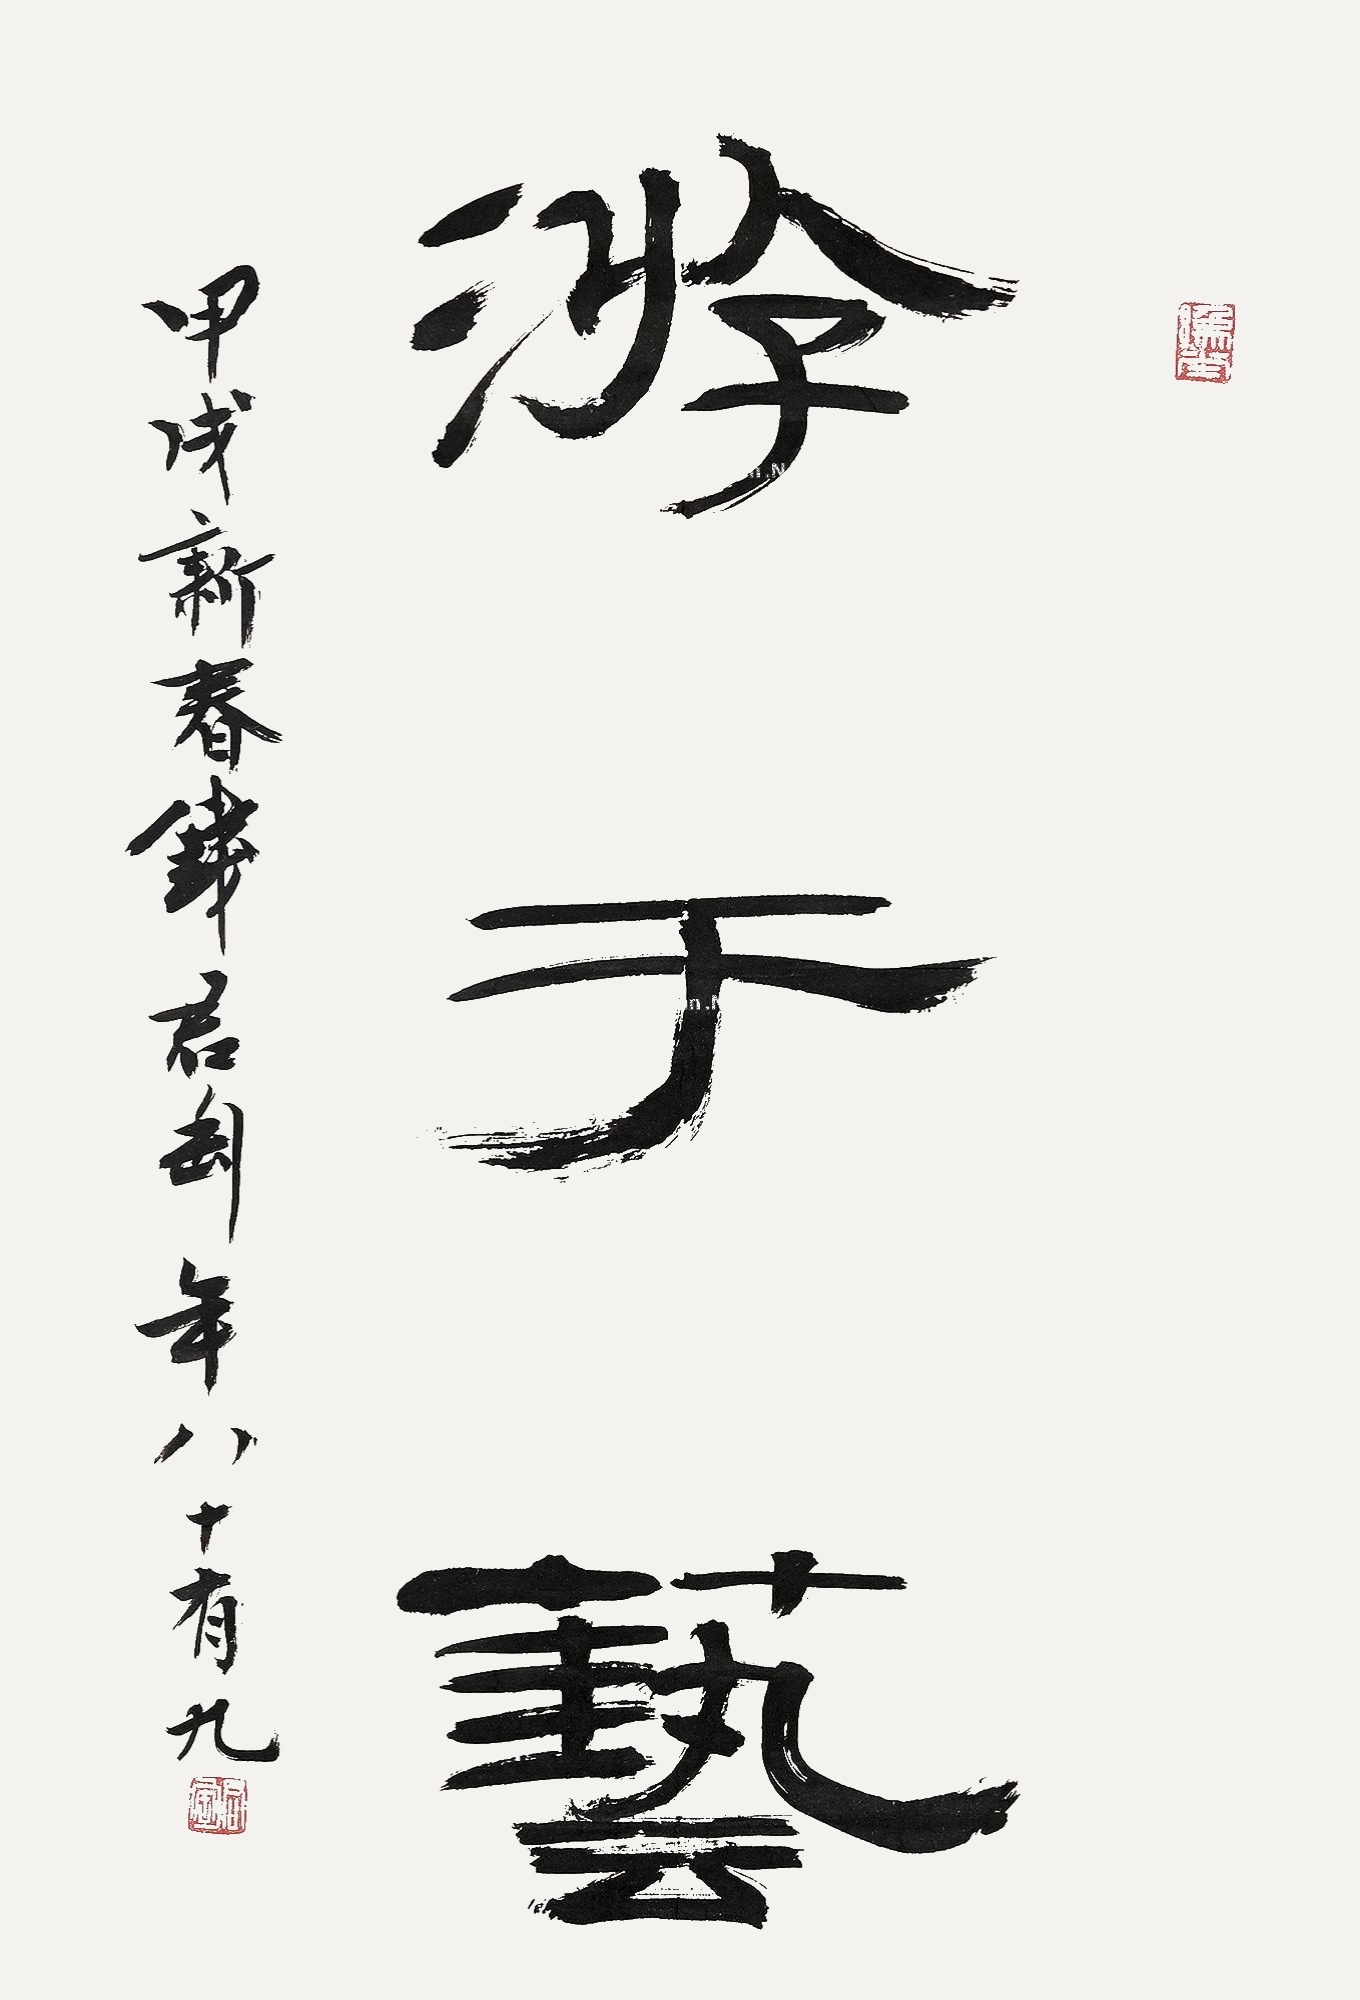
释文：游于艺。甲戌（1994）新春钱君匋，年八十有九。